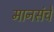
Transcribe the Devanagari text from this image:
मानसंचे